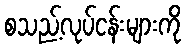
စသည့်လုပ်ငန်းများကို